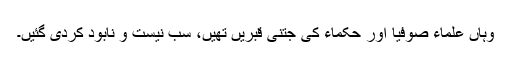
وہاں علماء صوفیا اور حکماء کی جتنی قبریں تھیں، سب نیست و نابود کردی گئیں۔